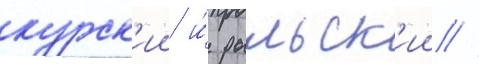
курск'ии и́ рыльск'ии //